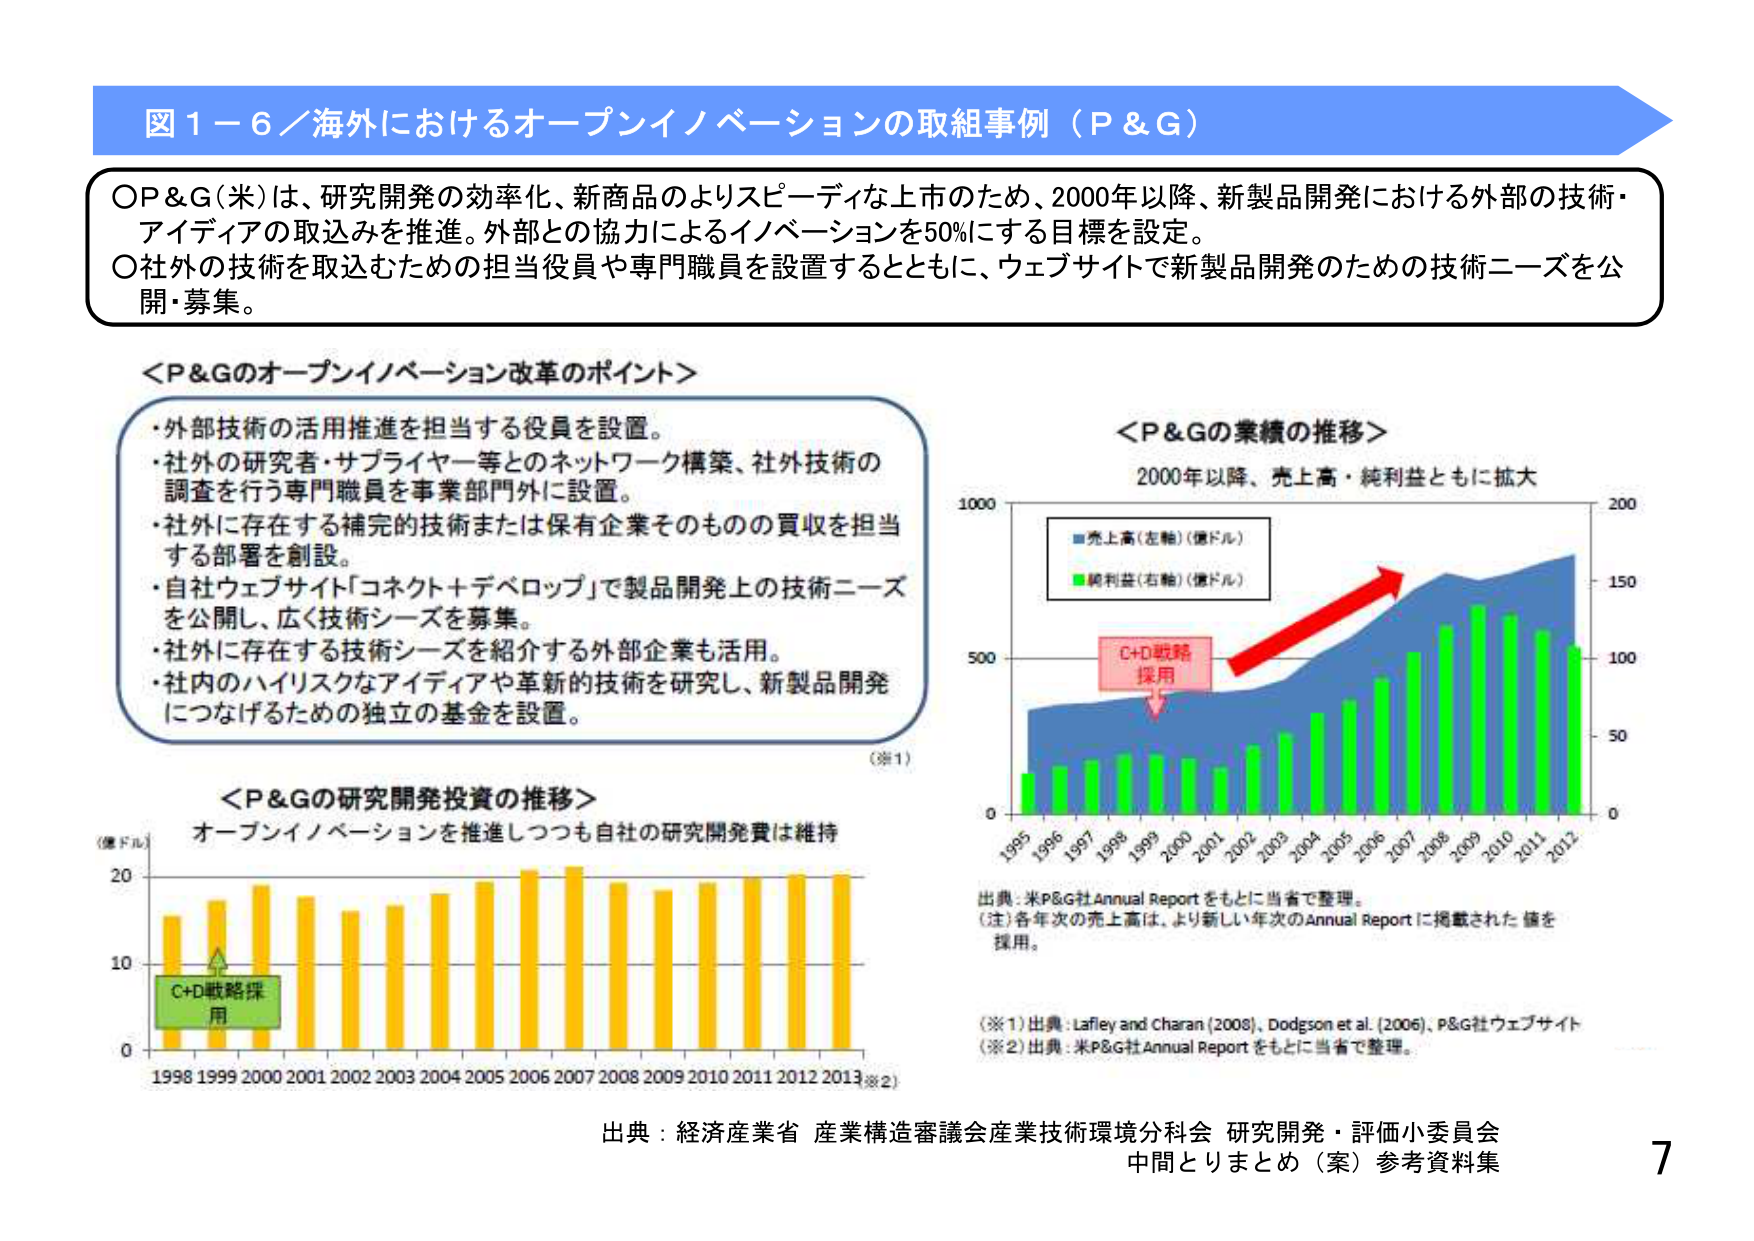
図１－６／海外におけるオープンイノベーションの取組事例（Ｐ＆Ｇ）

○Ｐ＆Ｇ（米）は、研究開発の効率化、新商品のよりスピーディな上市のため、2000年以降、新製品開発における外部の技術・アイディアの取込みを推進。外部との協力によるイノベーションを50％にする目標を設定。
○社外の技術を取込むための担当役員や専門職員を設置するとともに、ウェブサイトで新製品開発のための技術ニーズを公開・募集。

＜Ｐ＆Ｇのオープンイノベーション改革のポイント＞
・外部技術の活用推進を担当する役員を設置。
・社外の研究者・サプライヤー等とのネットワーク構築、社外技術の調査を行う専門職員を事業部門外に設置。
・社外に存在する補完的技術または保有企業そのものの買収を担当する部署を創設。
・自社ウェブサイト「コネクト＋デベロップ」で製品開発上の技術ニーズを公開し、広く技術シーズを募集。
・社外に存在する技術シーズを紹介する外部企業も活用。
・社内のハイリスクなアイディアや革新的技術を研究し、新製品開発につなげるための独立の基金を設置。

（※1）

＜Ｐ＆Ｇの業績の推移＞
2000年以降、売上高・純利益ともに拡大

■売上高（左軸）（億ドル）
■純利益（右軸）（億ドル）

Ｃ＋Ｄ戦略
採用

1995 1996 1997 1998 1999 2000 2001 2002 2003 2004 2005 2006 2007 2008 2009 2010 2011 2012

出典：米Ｐ＆Ｇ社Annual Reportをもとに当省で整理。
（注）各年次の売上高は、より新しい年次のAnnual Reportに掲載された値を採用。

（※1）出典：Lafley and Charan (2006)、Dodgson et al. (2006)、Ｐ＆Ｇ社ウェブサイト
（※2）出典：米Ｐ＆Ｇ社Annual Reportをもとに当省で整理。

＜Ｐ＆Ｇの研究開発投資の推移＞
オープンイノベーションを推進しつつも自社の研究開発費は維持

（億ドル）
20
10
0

Ｃ＋Ｄ戦略採用

1998 1999 2000 2001 2002 2003 2004 2005 2006 2007 2008 2009 2010 2011 2012 2013（※2）

出典：経済産業省 産業構造審議会産業技術環境分科会 研究開発・評価小委員会
中間とりまとめ（案）参考資料集

7